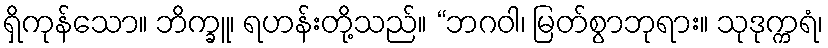
ရှိကုန်သော။ ဘိက္ခူ၊ ရဟန်းတို့သည်။ “ဘဂဝါ၊ မြတ်စွာဘုရား။ သုဒုက္ကရံ၊